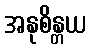
အနုစိန္တယ